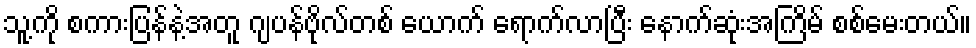
သူ့ကို စကားပြန်နဲ့အတူ ဂျပန်ဗိုလ်တစ် ယောက် ရောက်လာပြီး နောက်ဆုံးအကြိမ် စစ်မေးတယ်။